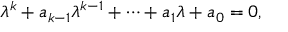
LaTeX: \lambda ^ { k } + a _ { k - 1 } \lambda ^ { k - 1 } + \cdots + a _ { 1 } \lambda + a _ { 0 } = 0 ,